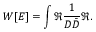
W [ E ] = \int \Re \frac { 1 } { D \bar { D } } \Re .